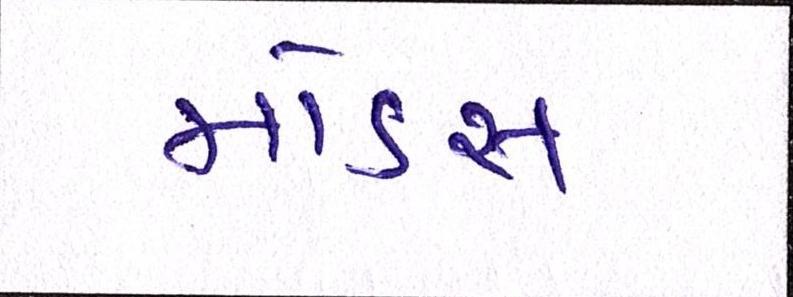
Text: મોડસ